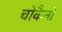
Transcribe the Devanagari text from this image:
चोकैनो